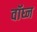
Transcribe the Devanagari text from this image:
वॉघ्न